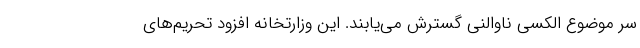
سر موضوع الکسی ناوالنی گسترش می‌یابند. این وزارتخانه افزود تحریم‌های